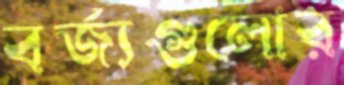
বর্জ্যগুলোর